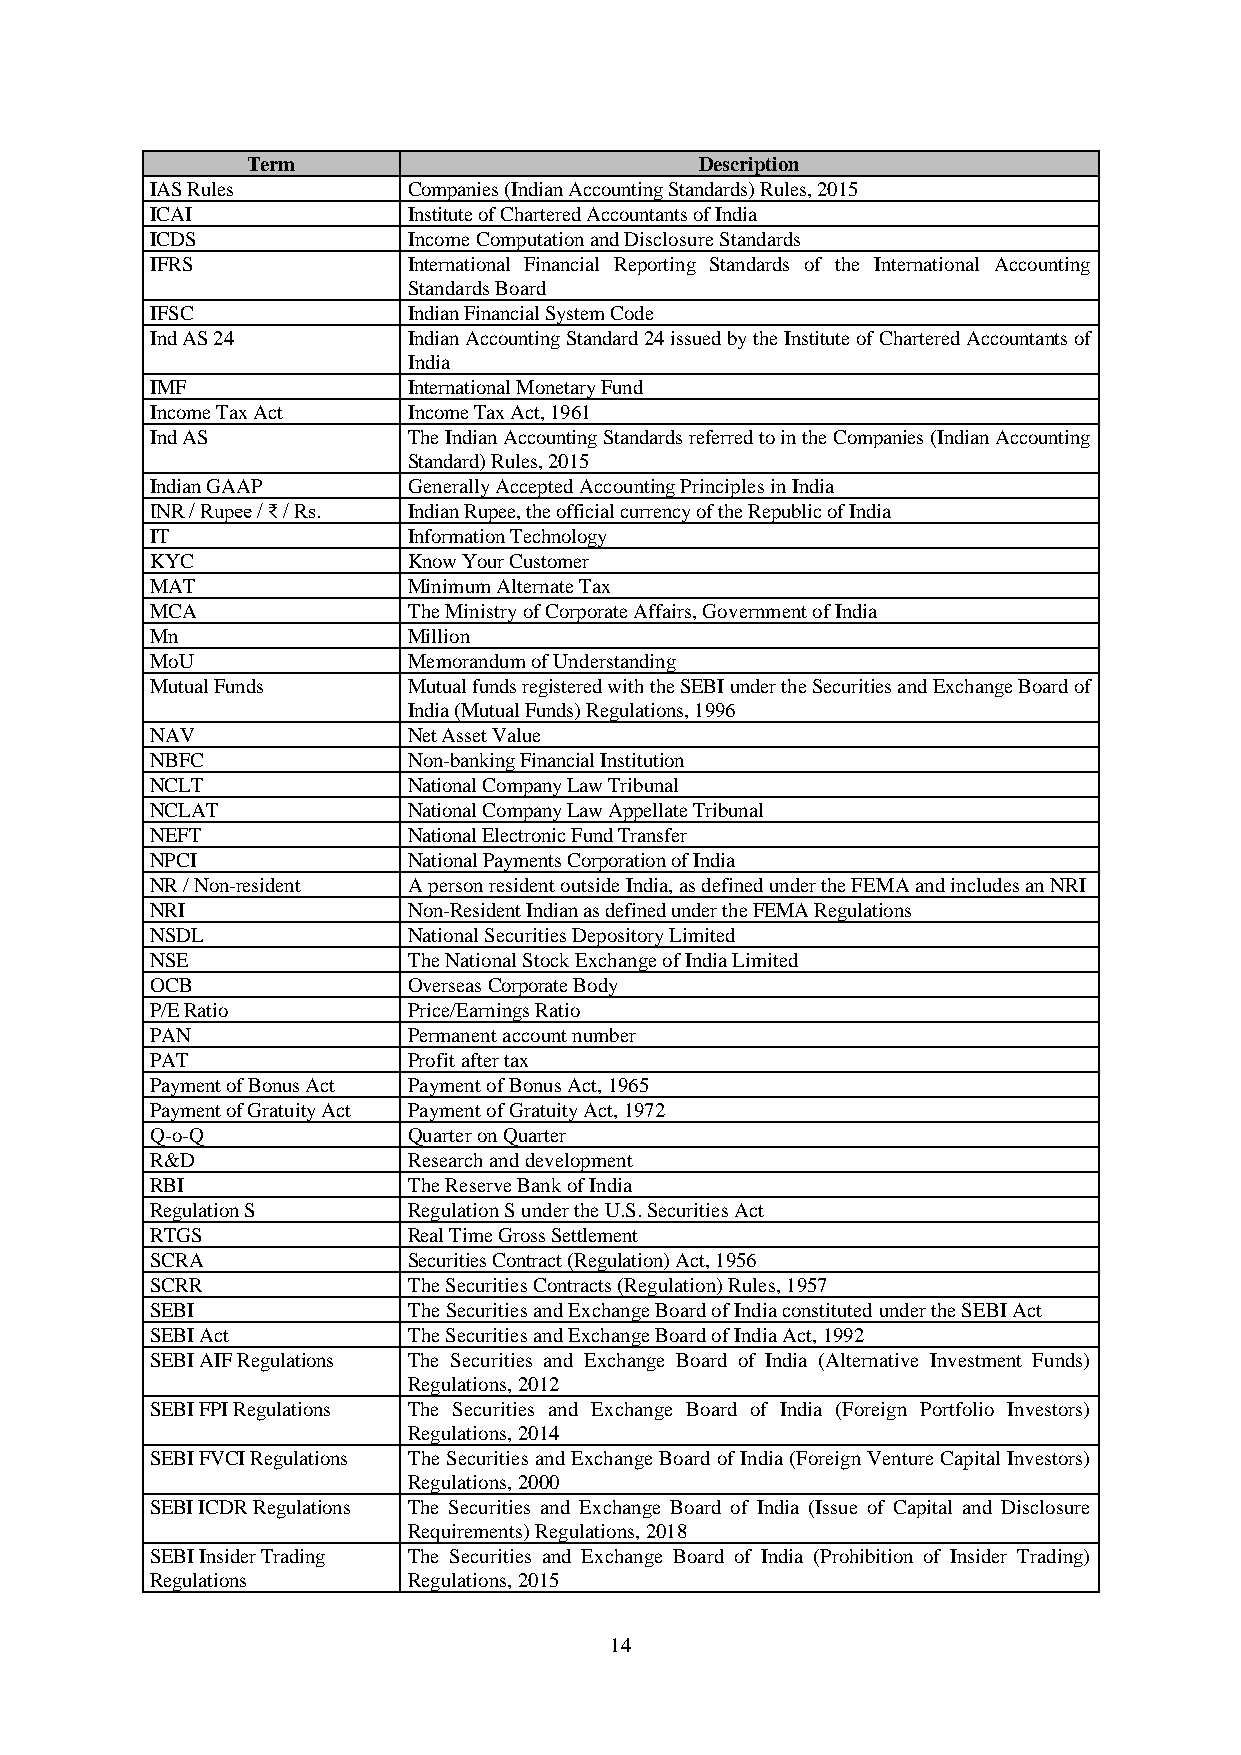
Term                          Description
 IAS Rules        Companies (Indian Accounting Standards) Rules, 2015
 ICAI             Institute of Chartered Accountants of India
 ICDS             Income Computation and Disclosure Standards
 IFRS             International Financial Reporting Standards of the International Accounting
 Standards Board
 IFSC             Indian Financial System Code
 Ind AS 24        Indian Accounting Standard 24 issued by the Institute of Chartered Accountants of
 India
 IMF              International Monetary Fund
 Income Tax Act   Income Tax Act, 1961
 Ind AS           The Indian Accounting Standards referred to in the Companies (Indian Accounting
 Standard) Rules, 2015
 Indian GAAP      Generally Accepted Accounting Principles in India
 INR / Rupee / ₹ / Rs. Indian Rupee, the official currency of the Republic of India
 IT               Information Technology
 KYC              Know Your Customer
 MAT              Minimum Alternate Tax
 MCA              The Ministry of Corporate Affairs, Government of India
 Mn               Million
 MoU              Memorandum of Understanding
 Mutual Funds     Mutual funds registered with the SEBI under the Securities and Exchange Board of
 India (Mutual Funds) Regulations, 1996
 NAV              Net Asset Value
 NBFC             Non-banking Financial Institution
 NCLT             National Company Law Tribunal
 NCLAT            National Company Law Appellate Tribunal
 NEFT             National Electronic Fund Transfer
 NPCI             National Payments Corporation of India
 NR / Non-resident A person resident outside India, as defined under the FEMA and includes an NRI
 NRI              Non-Resident Indian as defined under the FEMA Regulations
 NSDL             National Securities Depository Limited
 NSE              The National Stock Exchange of India Limited
 OCB              Overseas Corporate Body
 P/E Ratio        Price/Earnings Ratio
 PAN              Permanent account number
 PAT              Profit after tax
 Payment of Bonus Act Payment of Bonus Act, 1965
 Payment of Gratuity Act Payment of Gratuity Act, 1972
 Q-o-Q            Quarter on Quarter
 R&D              Research and development
 RBI              The Reserve Bank of India
 Regulation S     Regulation S under the U.S. Securities Act
 RTGS             Real Time Gross Settlement
 SCRA             Securities Contract (Regulation) Act, 1956
 SCRR             The Securities Contracts (Regulation) Rules, 1957
 SEBI             The Securities and Exchange Board of India constituted under the SEBI Act
 SEBI Act         The Securities and Exchange Board of India Act, 1992
 SEBI AIF Regulations The Securities and Exchange Board of India (Alternative Investment Funds)
 Regulations, 2012
 SEBI FPI Regulations The Securities and Exchange Board of India (Foreign Portfolio Investors)
 Regulations, 2014
 SEBI FVCI Regulations The Securities and Exchange Board of India (Foreign Venture Capital Investors)
 Regulations, 2000
 SEBI ICDR Regulations The Securities and Exchange Board of India (Issue of Capital and Disclosure
 Requirements) Regulations, 2018
 SEBI Insider Trading The Securities and Exchange Board of India (Prohibition of Insider Trading)
 Regulations      Regulations, 2015
 14